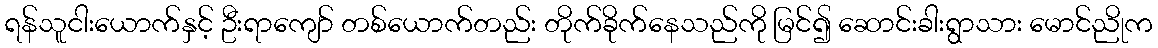
ရန်သူငါးယောက်နှင့် ဦးရာကျော် တစ်ယောက်တည်း တိုက်ခိုက်နေသည်ကို မြင်၍ ဆောင်းခါးရွာသား မောင်ညိုက